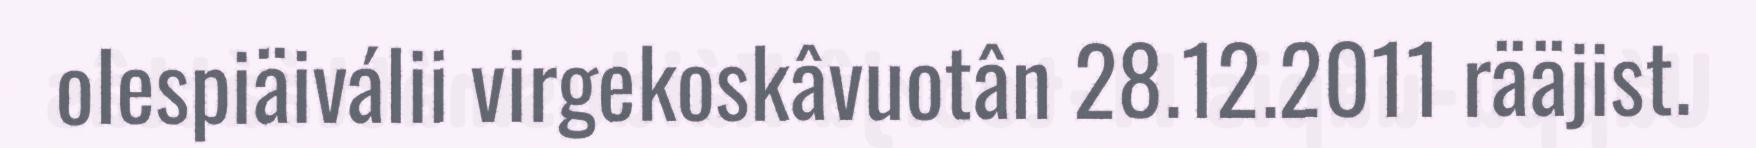
olespiäiválii virgekoskâvuotân 28.12.2011 rääjist.